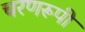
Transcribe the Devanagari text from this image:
चरणरूपी